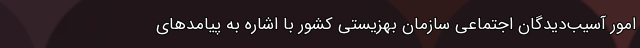
امور آسیب‌دیدگان اجتماعی سازمان بهزیستی کشور با اشاره به پیامدهای